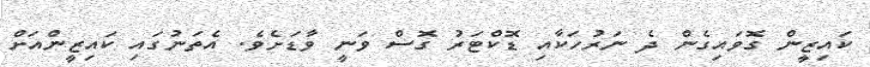
ކައިޒީން ގޮވައިގެން ދެ ނަރުހަކާއި ޑޮކްޓަރު ގޮސް ވަނީ ވާޑަށެވެ. އެތަނުގައި ކައިޒީންއަށް